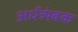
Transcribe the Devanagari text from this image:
अर्धत्र्यंबक